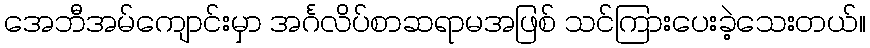
အေဘီအမ်ကျောင်းမှာ အင်္ဂလိပ်စာဆရာမအဖြစ် သင်ကြားပေးခဲ့သေးတယ်။